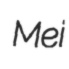
Mei